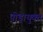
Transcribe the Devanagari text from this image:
पीड़ायुक्‍त